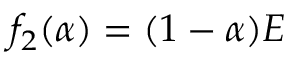
f _ { 2 } ( \alpha ) = ( 1 - \alpha ) E